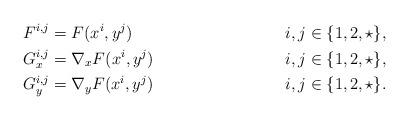
LaTeX: \begin{align*} & F^{i,j}=F(x^i, y^j) \ \ \ \ \ \ \ \ && i,j\in\{1, 2, \star\}, \\ & G_x^{i,j}=\nabla_x F(x^i, y^j) \ \ \ \ \ \ \ \ && i,j\in\{1, 2, \star\}, \\ & G_y^{i,j}=\nabla_y F(x^i, y^j) \ \ \ \ \ \ \ \ && i,j\in\{1, 2, \star\}. \\\end{align*}